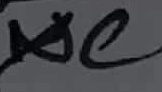
Text: C